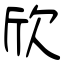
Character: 欣